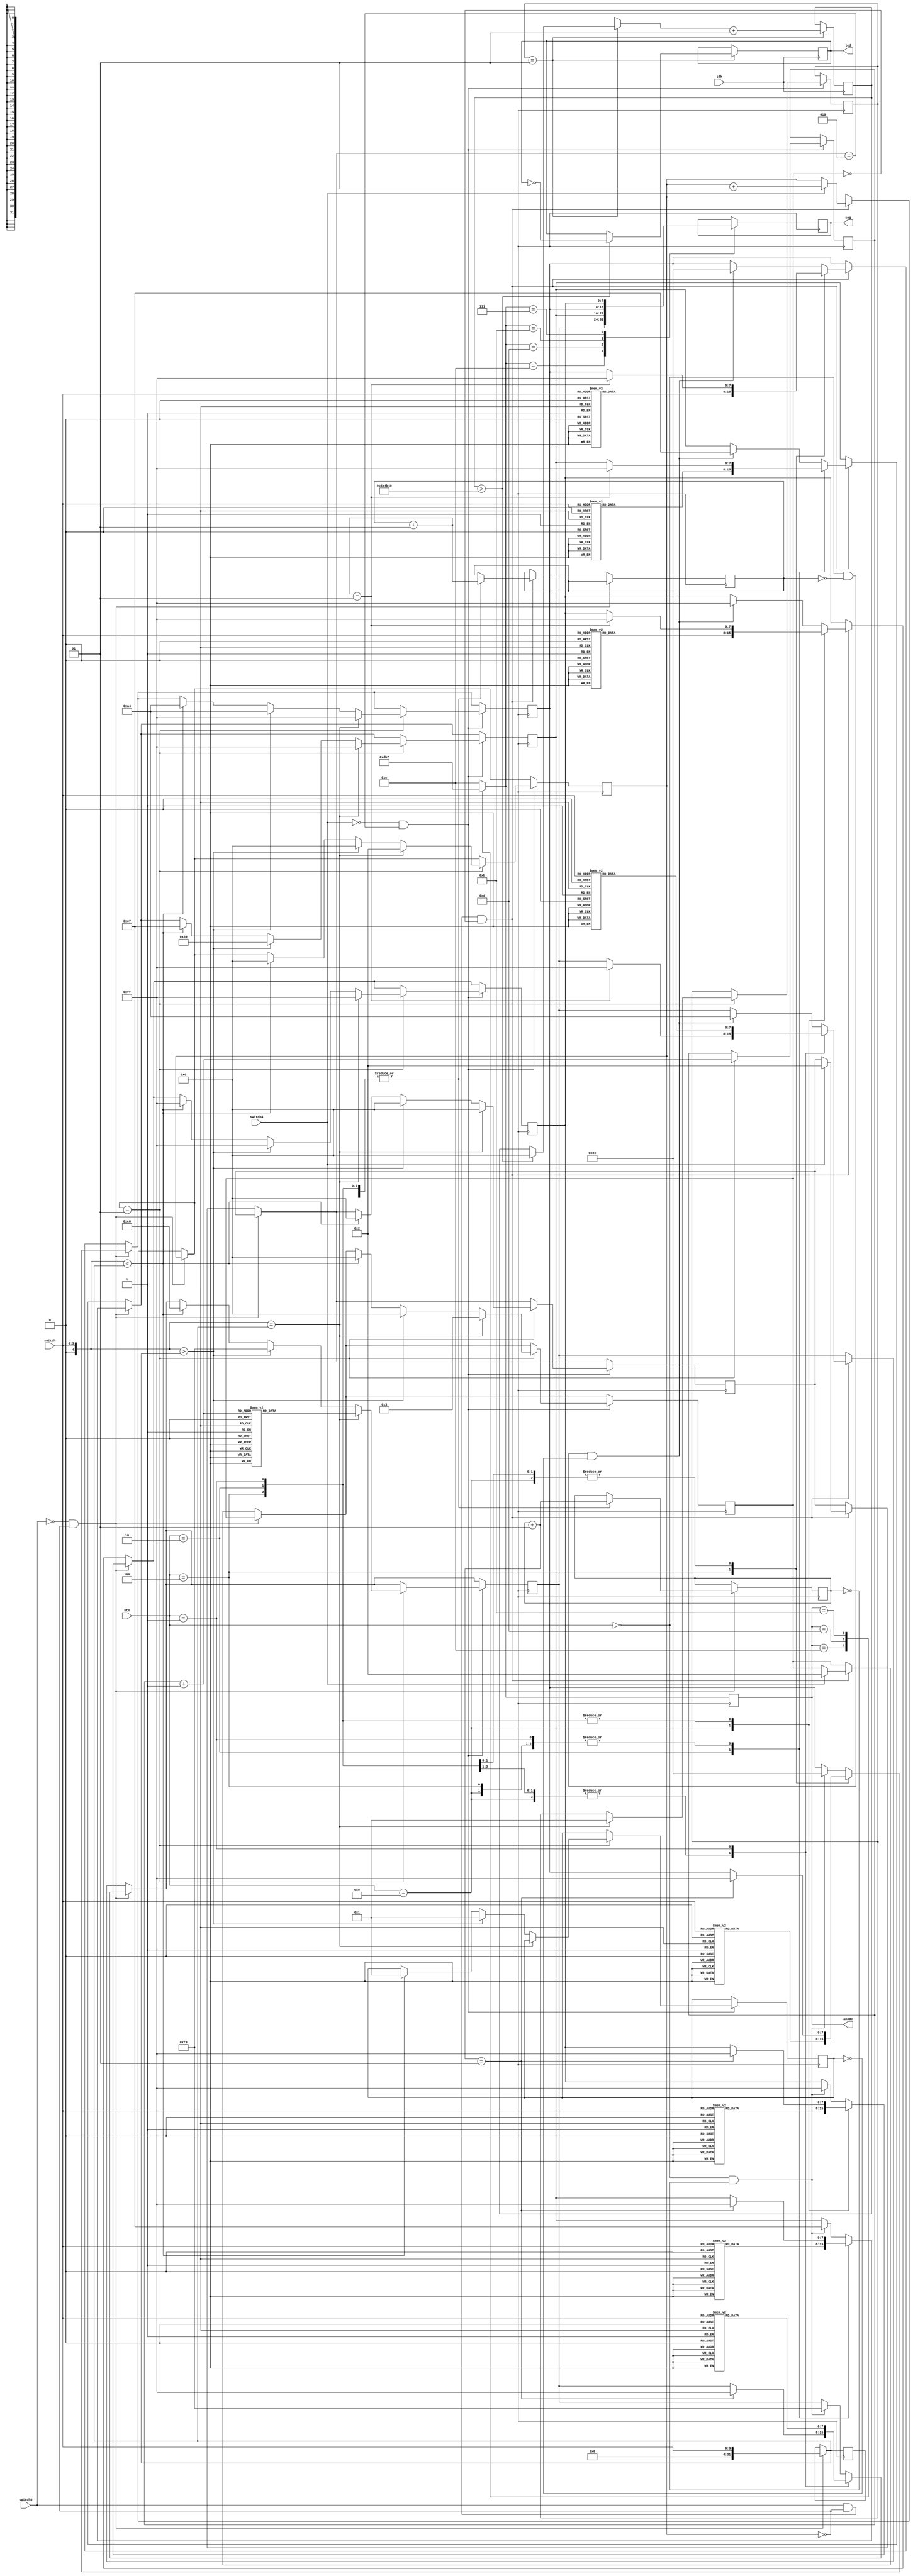
`timescale 1ns / 1ps
//////////////////////////////////////////////////////////////////////////////////
// 
// 
// Design Name:    project2
// Module Name:    project2 
// Project Name:   Guessing Game
// Target Devices: Digilent Basys 2
// Tool versions:  ISE Version 14.7(nt64)
// 
//////////////////////////////////////////////////////////////////////////////////
module project2( switch,btn,clk,anode,seg,led,switch4,switch5);

    input [3:0] switch;//for players  to enter the numbers
	 
	 /*switch4's high-low from low indicates a guess while
	 switch5's high from low indicates player 2's turn*/
	 input switch4,switch5;
	 
    input [3:0] btn;//for the push buttons
    input clk;//for the built in clock
	 output [3:0] anode;
    output [7:0] seg;//for the 7 segment display
	 output [3:0] led;//leds corresponding to switches 3:0
    reg [7:0] seg0;//corresponding to anode 0
    reg [7:0] seg1;//corresponding to anode 1
    reg [7:0] seg2;//corresponding to anode 2
    reg [7:0] seg3;//corresponding to anode 3
    reg [3:0] anode;
    reg [7:0] seg;
	 reg [3:0] led;
	 reg [3:0] cnt=4'b 0000;//counts no of guesses. Max assumed to be 15.
	 
	 /*created for slowing the built-in clock to 
	 strobe the numbers onto the 7 segment display*/
	 reg slow_clock;
	 
	 /* count - used for slowing the built in clock for
	 blinking the leds
	 no - number entered by player 1
	 guess - guess made by player 2
	 flag=1 for correct guess
	 fbtn - flag for clearing the buttons during player1's turn
	 fbtn1 - flag for clearing the buttons during player2's turn
	 state/state1 = 0 when guess is not yet made
	 state/state1 = 2 when the guess has been made
	 lhflag - flag used to clear out pl2 while making a string of guesses
	 sw4 - increased when switch 4 is pressed */
	 
    integer count,no,guess,flag=0;
	 integer fbtn1=0,sw4=0,state=0,state1=0,lhflag=0;
	 integer fbtn=0;
	
	 //on posedge clk
    always @(posedge clk)
	 begin
      create_slow_clock(clk, slow_clock);//slows clk
	   if (flag==1)//for led blinking
	   begin
	      if (count > 5000000)//slows clk
         begin
           count=0;
           led= ~ led;
         end//slows clk
      count = count+1;
      end//for led blinking
	 end//on posedge clk
	 
	 //on posedge slow_clock
	 always @(posedge slow_clock)
    begin
	   //for strobing the nos onto the 7 segment displays
	   case(anode)
        4'b 1110: anode=4'b 1101;
        4'b 1101: anode=4'b 1011;
        4'b 1011: anode=4'b 0111;
	     4'b 0111: anode=4'b 1110;
	     default: anode = 4'b 1110;
      endcase
	   case (anode)
	     4'b 1110: seg=seg0;
        4'b 1101: seg=seg1;
        4'b 1011: seg=seg2;
	     4'b 0111: seg=seg3;
	   endcase//for strobing the nos onto the 7 segment displays
		
	   //Player 1's turn
	   if ((switch5 == 0)&&(sw4==0))
	   begin
	       no=switch;
	       //a button is pressed
	       case(btn)
	       4'b1000: 
	       begin
	         fbtn=fbtn+1;
	         no=switch;
	         seg3=cathode(switch);
	         //initially clears other 7 segments
	         if(fbtn==1)
	         begin
	           seg0=8'b11111111;
	           seg1=8'b11111111;
	           seg2=8'b11111111;
	         end
	       end
          4'b0100: 
	       begin
	         fbtn=fbtn+1;
	         no=switch;
	         seg2=cathode(switch);
	         //initially clears other 7 segments
	           if(fbtn==1)
	           begin
	           seg0=8'b11111111;
	           seg1=8'b11111111;
	           seg3=8'b11111111;
	           end
          end
          4'b0010: 
	       begin
	         fbtn=fbtn+1;
	         no=switch;
	         seg1=cathode(switch);
	         //initially clears other 7 segments
	         if(fbtn==1)
	         begin
	           seg0=8'b11111111;
	           seg3=8'b11111111;
	           seg2=8'b11111111;
	         end
          end
          4'b0001: 
	       begin
	         fbtn=fbtn+1;
	         no=switch;
	         seg0=cathode(switch);
	         //initially clears other 7 segments
	         if(fbtn==1)
	         begin
	           seg3=8'b11111111;
	           seg1=8'b11111111;
	           seg2=8'b11111111;
	         end
	       end
	       default://displays pl1 until a button is pressed
	       begin
	         if((btn==4'b0000)&&(fbtn==0))
	         begin
	           seg0=8'b 11111001;
	           seg1=8'b 11000111;
	           seg2=8'b 10001100;
	           seg3=8'b 11111111;
	         end
	       end
          endcase//a button is pressed
	  end//Player 1's turn
	  
	  
	  //player 2's turn
	  else if ((switch5==1)&&(sw4==0)&&(state1==0))
	  begin
	    //a button is pressed
	    case(btn)
	    4'b1000: 
	    begin
	    fbtn1=fbtn1+1;
	    seg3=cathode(switch);
	      //initially clears other 7 segments
	      if(fbtn1==1)
	      begin
	        seg0=8'b11111111;
	        seg1=8'b11111111;
	        seg2=8'b11111111;
	      end
	    end
       4'b0100: 
	    begin
	    fbtn1=fbtn1+1;
	    seg2=cathode(switch);
	    //initially clears other 7 segments
	      if(fbtn1==1)
	      begin
	        seg0=8'b11111111;
	        seg1=8'b11111111;
	        seg3=8'b11111111;
	      end
         end
       4'b0010: 
	    begin
	    fbtn1=fbtn1+1;
	    seg1=cathode(switch);
	    //initially clears other 7 segments
	      if(fbtn1==1)
	      begin
	        seg0=8'b11111111;
	        seg3=8'b11111111;
	        seg2=8'b11111111;
	      end
       end
       4'b0001: 
	    begin
	    fbtn1=fbtn1+1;
	    seg0=cathode(switch);
	    //initially clears other 7 segments
	      if(fbtn1==1)
	      begin
	        seg3=8'b11111111;
	        seg1=8'b11111111;
	        seg2=8'b11111111;
	      end
	    end
	    //displays pl1 until a button is pressed and if a guess isn't already made
	    default:
	    begin
	      if((btn==4'b0000)&&(fbtn1==0)&&(lhflag==0))
	      begin
	        seg0=8'b 10100100;
	        seg1=8'b 11000111;
	        seg2=8'b 10001100;
	        seg3=8'b 11111111;
	      end
	    end//displays pl1 until a button is pressed and if a guess isn't already made
       endcase//a button is pressed
	    //start of a guess
	    //switch4's low-high
	    if (switch4==1)
	    begin
	      state=2;
	      sw4=sw4+1;
	      state1=2;
	    end//switch4's low-high
	  end//player 2's turn
	  
	  
	  //switch4's high-low - guess is made
	  if ((switch4==0)&&(state==2))
	  begin
	    if (sw4==1)//if switch4 was low-high
	    begin
	      guess=switch;
		   cnt=cnt+1;//increasing the guess count
		 
		   if (guess==no)//correct guess
		   begin
		     flag=1;
		     seg0=cathode(cnt);
		     seg3=8'b11111111;
	        seg1=8'b11111111;
	        seg2=8'b11111111;
		     state1=3;//end of game
		     sw4=2;//end of game
		     state=0;//exits if
		   end//correct game
		
		   else if(guess>no)//high guess
		   begin
		     seg0=8'b 11111001;
		     seg1=8'b 10001001;
		     seg2=8'b 10100100;
		     seg3=8'b 11111111;
		     sw4=0;//back to player 2's turn
		     state1=0;//back to player 2's turn
		     lhflag=1;//a guess is made
		     state=0;//exits else if
		   end//high guess
		
		   else if(guess<no)//low guess
		   begin
		     seg0=8'b 11000000;
		     seg1=8'b 11000111;
		     seg2=8'b 10100100;
		     seg3=8'b 11111111;
		     sw4=0;//back to player 2's turn
		     state1=0;//back to player 2's turn
		     lhflag=1;//a guess is made
		     state=0;//exits else if
		   end//low guess
		 
	    end//if switch4 was low-high
	  end//switch4's high-low - guess is made
	end//on posedge slow_clock
	
	 //slows clk
	 task create_slow_clock;
      input clock;
      inout slow_clock;
      integer cunt;
      begin
        if (cunt > 25000)
        begin
          cunt=0;
          slow_clock = ~slow_clock;
        end
      cunt = cunt+1;
      end
    endtask//slows clk
	 
	 //decoding the switches/cnt onto the 7 segment display
	 function [7:0] cathode;
     input [3:0] switch;
     begin
       case (switch)
	    0: cathode = 8'b 11000000;
       1: cathode = 8'b 11111001;
       2: cathode = 8'b 10100100;
	    3: cathode = 8'b 10110000;
	    4: cathode = 8'b 10011001;
	    5: cathode = 8'b 10010010;
	    6: cathode = 8'b 10000010;
	    7: cathode = 8'b 11111000;
	    8: cathode = 8'b 10000000;
	    9: cathode = 8'b 10010000;
	   10: cathode = 8'b 10001000;
	   11: cathode = 8'b 10000011;
	   12: cathode = 8'b 11000110;
	   13: cathode = 8'b 10100001;
	   14: cathode = 8'b 10000110;
	   15: cathode = 8'b 10001110;
      endcase
	  end
   endfunction//decoding the switches/cnt onto the 7 segment display
	
	endmodule
	//EOF